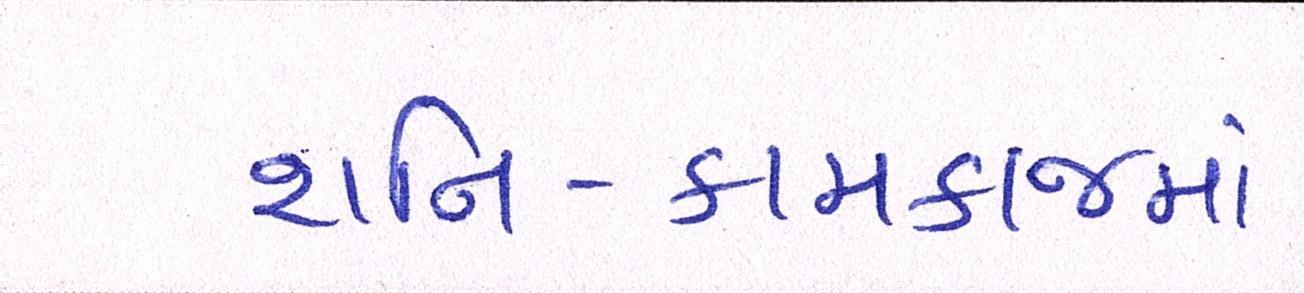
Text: શનિ-કામકાજમાં